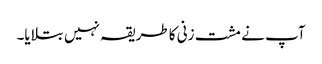
آپ نے مشت زنی کا طریقہ نہیں بتلایا۔